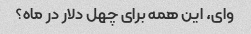
وای، این همه برای چهل دلار در ماه؟